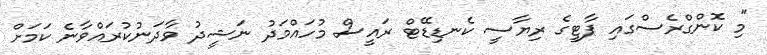
"މި ކޮންގްރެސްގައި ޕާޓީގެ ރިޔާސީ ކެނޑިޑޭޓް ރައީސް މުހައްމަދު ނަޝީދު ވާދަނުކުރައްވާނެ ކަމަށް